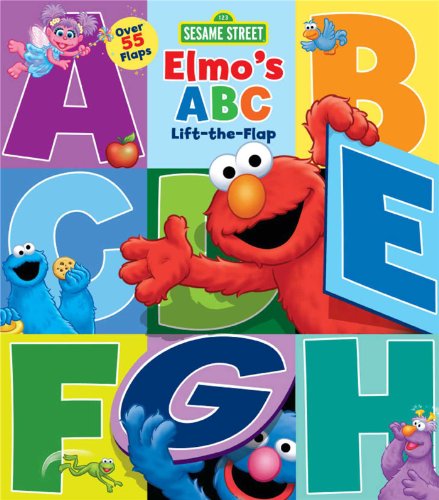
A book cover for Sesame Street: Elmo's ABC Lift-the-Flap; Sesame Street; Children's Books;